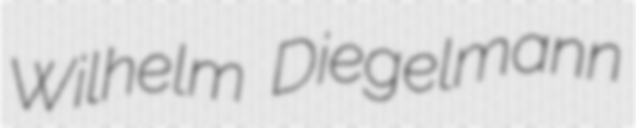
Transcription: Wilhelm Diegelmann